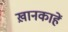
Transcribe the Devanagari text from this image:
ख़ानकाहें